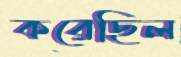
করেছিল